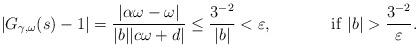
LaTeX: \begin{align*}|G_{\gamma,\omega} (s)-1|=\dfrac{|\alpha \omega-\omega|}{|b||c\omega+d|}\leq \dfrac{3^{-2}}{|b|}< \varepsilon, & &\mathrm{if} \ |b|>\frac{3^{-2}}{ \varepsilon}.\end{align*}